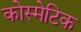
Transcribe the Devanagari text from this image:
कोस्मेटिक